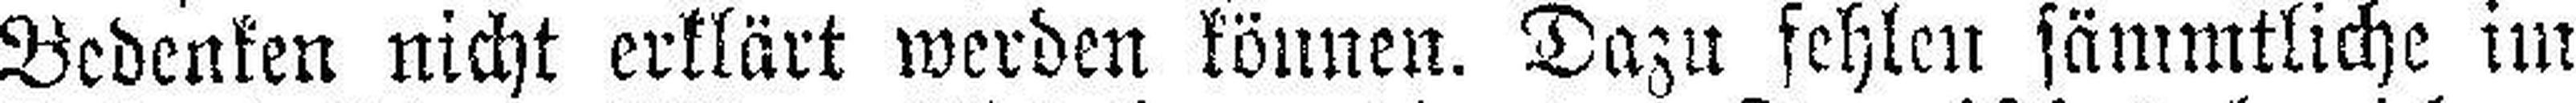
Bedenken nicht erklärt werden können. Dazu fehlen sämmtliche im